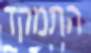
התמקד